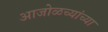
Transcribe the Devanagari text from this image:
आजोळच्यांच्या